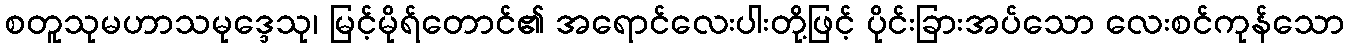
စတူသုမဟာသမုဒ္ဒေသု၊ မြင့်မိုရ်တောင်၏ အရောင်လေးပါးတို့ဖြင့် ပိုင်းခြားအပ်သော လေးစင်ကုန်သော